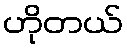
ဟိုတယ်